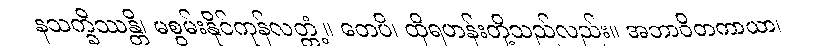
နသက္ခိဿန္တိ၊ မစွမ်းနိုင်ကုန်လတ္တံ့။ တေပိ၊ ထိုရဟန်းတို့သည်လည်း။ အဘာဝိတကာယာ၊